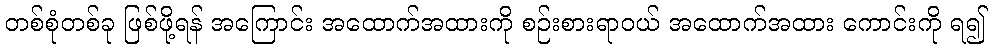
တစ်စုံတစ်ခု ဖြစ်ဖို့ရန် အကြောင်း အထောက်အထားကို စဉ်းစားရာဝယ် အထောက်အထား ကောင်းကို ရ၍